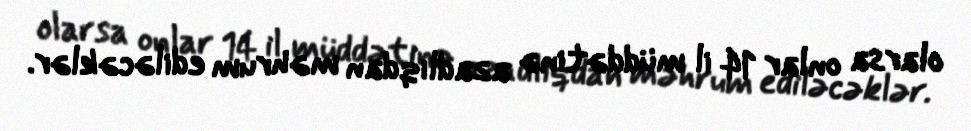
olarsa onlar 14 il müddətinə azadlıqdan məhrum ediləcəklər.